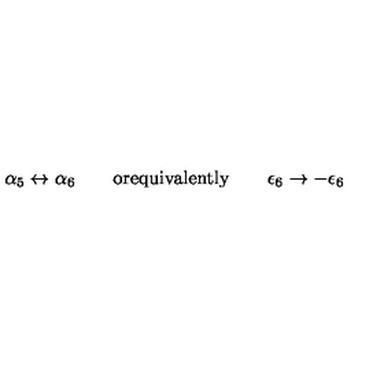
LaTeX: \alpha _ { 5 } \leftrightarrow \alpha _ { 6 } \quad \quad \mathrm { o r e q u i v a l e n t l y } \quad \quad \epsilon _ { 6 } \rightarrow - \epsilon _ { 6 }